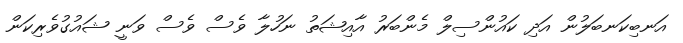
އަނބިކަނބަލުން އަދި ކައުންސިލް މެންބަރު އާއިޝަތު ނަހުލާ ވެސް ވެސް ވަނީ ޝައުގުވެރިކަން